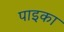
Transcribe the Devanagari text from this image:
पाइका